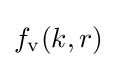
f_{\rm {v}}(k,r)